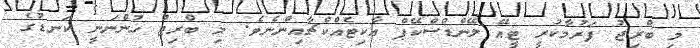
މި ބްރިޖު ފަރުމާކުރީ ޓީއޭ ލޭންޑްސްކޭޕް އާކިޓެއްކްޗާއިންނެވެ. މި ބްރިޖު ހުންނަނީ ކަނޑުގެ